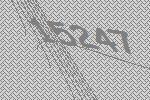
15247